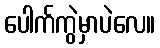
ပေါက်ကွဲမှာပဲလေ။